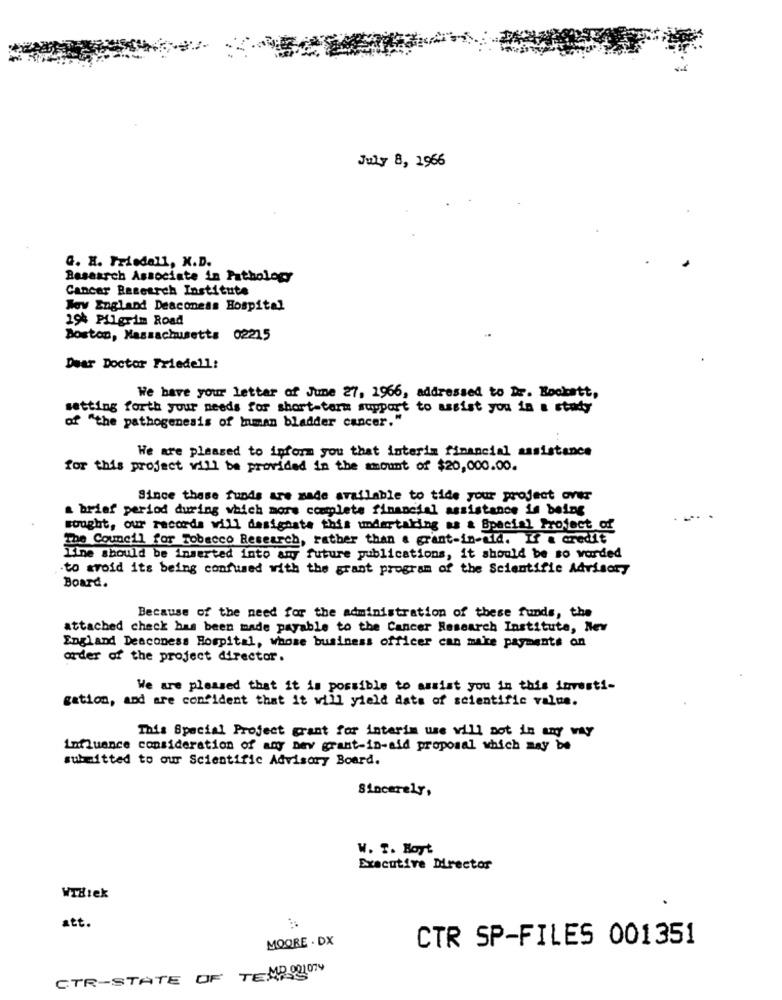
July 8, 1966
G. H. Friedell, X.D.
Research Associate in Pathology
Cancer Research Institute
Woy England Deaconess Hospital
194 Pilgrim Road
Boston, Massachusetts 02215
Dear Doctor Friedell:
We have your letter of June 27, 1966, addressed to Dr. Bockatt,
setting forth your needs for short-term support to assist you in a study
of "the pathogenesis of Inman bladder cancer."
We are pleased to inform you that interim financial assistance
for this project will be provided in the amount of $20,000.00.
Since these funds are made available to tide your project over
a brief period during which more complete financial assistance is being
sought, our records will desighate this undertaking as & Spacial Project of
The Council for Tobacco Research, rather than a grant-in-uld. If a credit
Line should be inserted into any future publications, it should be so varded
to avoid its being confused with the grant program of the Scientific Advisory
Board.
Because of the need for the administration of these funds, the
attached check has been made payable to the Cancer Research Institute, Nev
England Deaconess Hospital, whose business officer can make payments on
arder af the project director.
We are pleased that it is possible to assist you in this investi-
gation, and are confident that it will yield data of scientific value.
This Special Project grant for interim ue will not in any way
Influence consideration of any Dev grant-in-aid proposal which may be
submitted to our Scientific Advisory Board.
Sincerely,
W. T. Boyt
Executive Director
WTHIek
att.
MOORE . DX
CTR SP-FILES 001351
CTR-STATE OF TEMP 001079